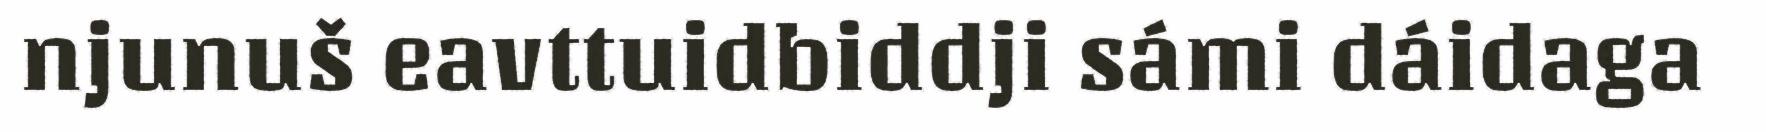
njunuš eavttuidbiddji sámi dáidaga